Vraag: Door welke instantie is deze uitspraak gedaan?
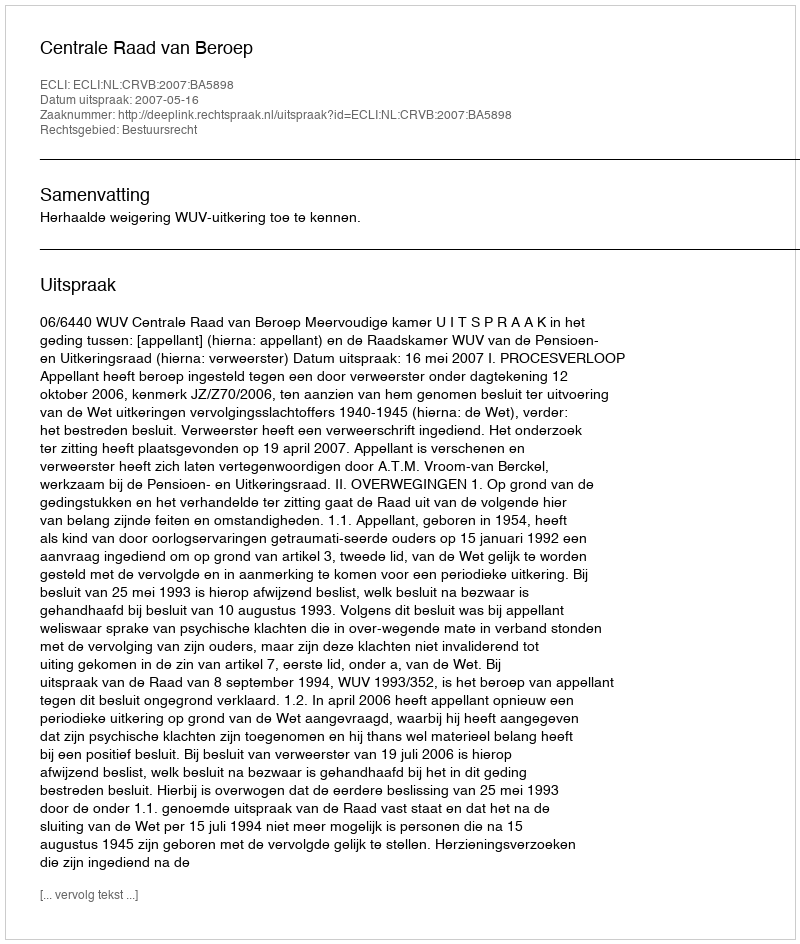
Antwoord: Centrale Raad van Beroep